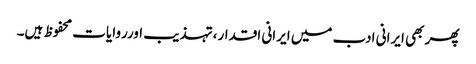
پھر بھی ایرانی ادب میں ایرانی اقدار،تہذیب اورروایات محفوظ ہیں۔